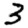
Digit: 3